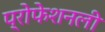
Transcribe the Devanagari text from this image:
प्रोफेशनली